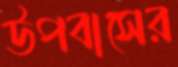
উপবাসের